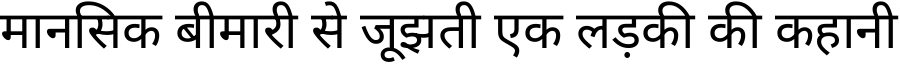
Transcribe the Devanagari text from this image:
मानसिक बीमारी से जूझती एक लड़की की कहानी